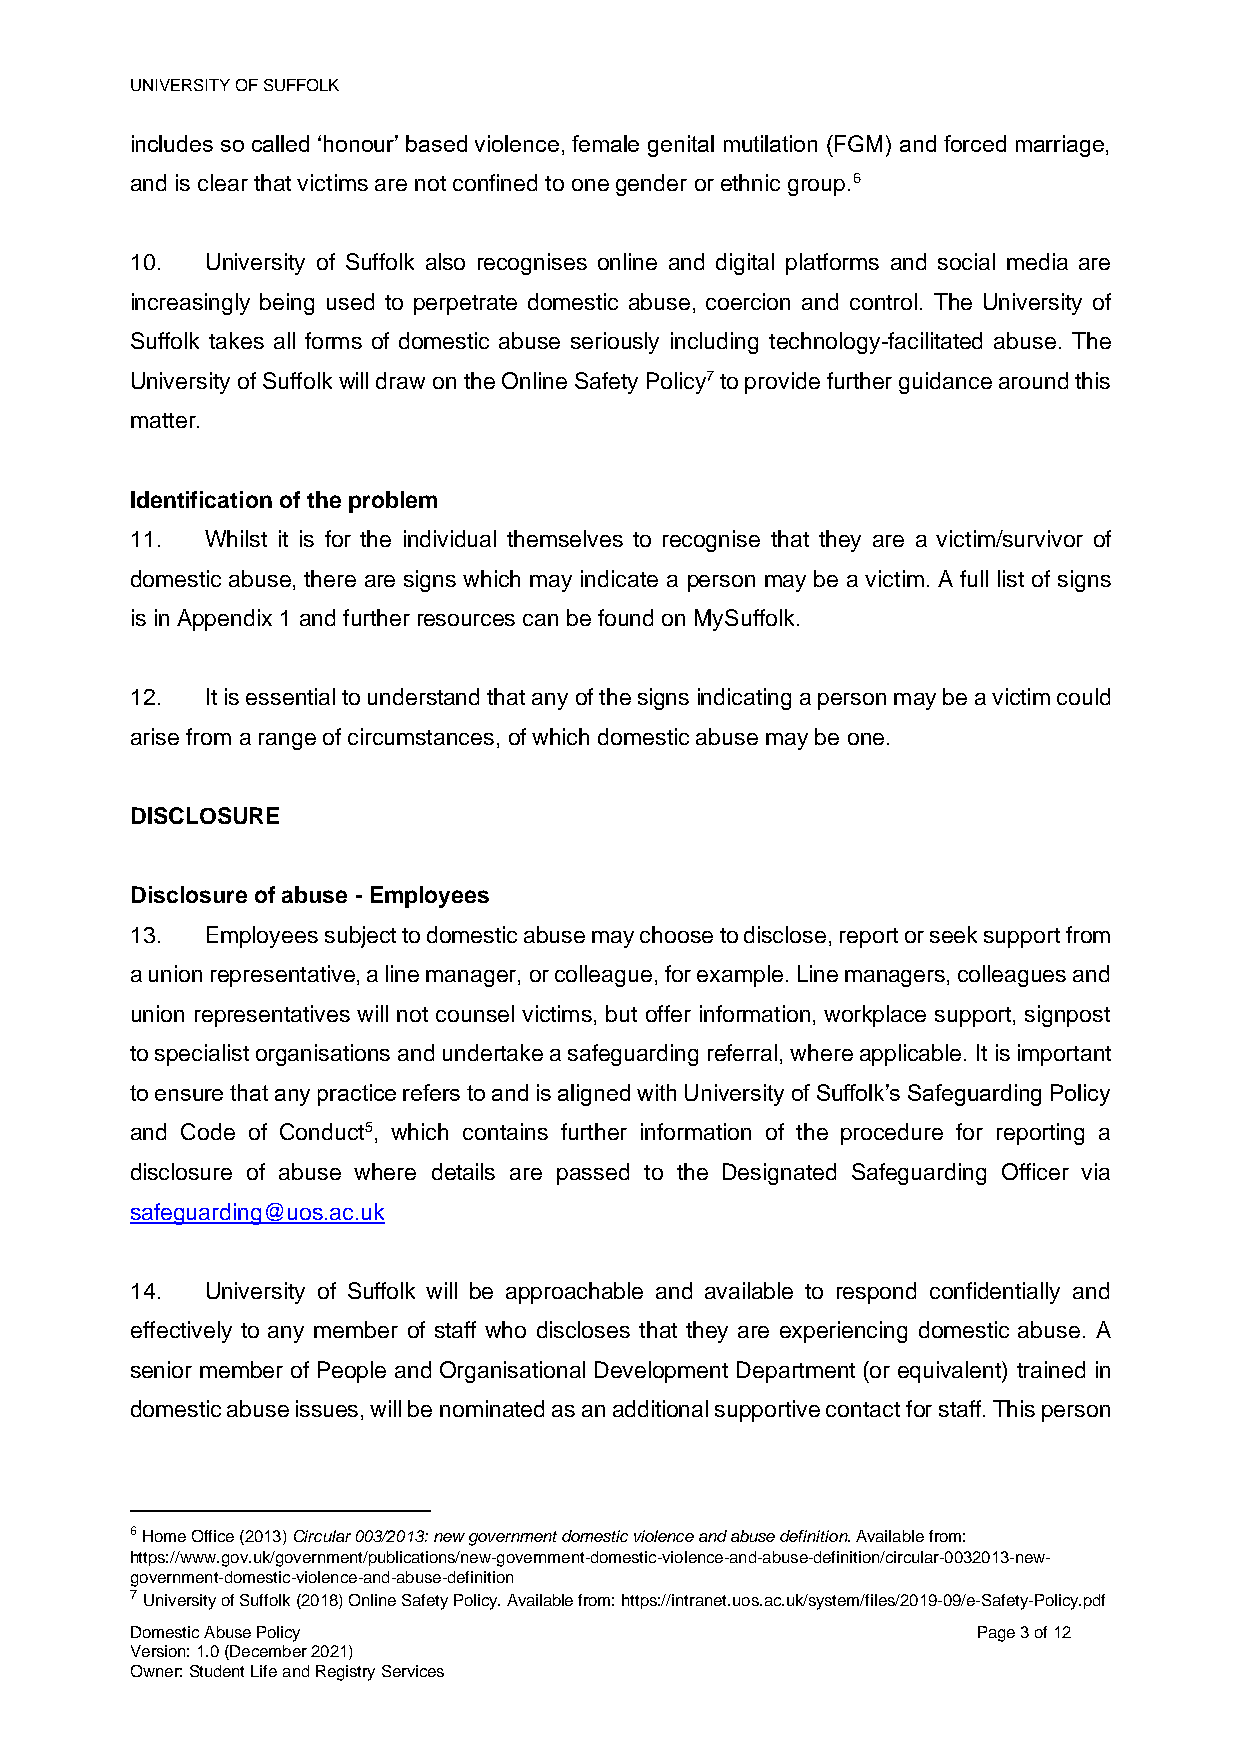
UNIVERSITY OF SUFFOLK
 includes so called ‘honour’ based violence, female genital mutilation (FGM) and forced marriage,
 and is clear that victims are not confined to one gender or ethnic group.6
 10.  University of Suffolk also recognises online and digital platforms and social media are
 increasingly being used to perpetrate domestic abuse, coercion and control. The University of
 Suffolk takes all forms of domestic abuse seriously including technology-facilitated abuse. The
 University of Suffolk will draw on the Online Safety Policy7 to provide further guidance around this
 matter.
 Identification of the problem
 11.  Whilst it is for the individual themselves to recognise that they are a victim/survivor of
 domestic abuse, there are signs which may indicate a person may be a victim. A full list of signs
 is in Appendix 1 and further resources can be found on MySuffolk.
 12.  It is essential to understand that any of the signs indicating a person may be a victim could
 arise from a range of circumstances, of which domestic abuse may be one.
 DISCLOSURE
 Disclosure of abuse - Employees
 13.  Employees subject to domestic abuse may choose to disclose, report or seek support from
 a union representative, a line manager, or colleague, for example. Line managers, colleagues and
 union representatives will not counsel victims, but offer information, workplace support, signpost
 to specialist organisations and undertake a safeguarding referral, where applicable. It is important
 to ensure that any practice refers to and is aligned with University of Suffolk’s Safeguarding Policy
 and Code of Conduct5, which contains further information of the procedure for reporting a
 disclosure of abuse where details are passed to the Designated Safeguarding Officer via
 safeguarding@uos.ac.uk
 14.  University of Suffolk will be approachable and available to respond confidentially and
 effectively to any member of staff who discloses that they are experiencing domestic abuse. A
 senior member of People and Organisational Development Department (or equivalent) trained in
 domestic abuse issues, will be nominated as an additional supportive contact for staff. This person
 6 Home Office (2013) Circular 003/2013: new government domestic violence and abuse definition. Available from:
 https://www.gov.uk/government/publications/new-government-domestic-violence-and-abuse-definition/circular-0032013-new-
 government-domestic-violence-and-abuse-definition
 7 University of Suffolk (2018) Online Safety Policy. Available from: https://intranet.uos.ac.uk/system/files/2019-09/e-Safety-Policy.pdf
 Domestic Abuse Policy                                   Page 3 of 12
 Version: 1.0 (December 2021)
 Owner: Student Life and Registry Services